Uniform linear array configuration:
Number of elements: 24
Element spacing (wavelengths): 0.25
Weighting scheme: uniform
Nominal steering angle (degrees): -15
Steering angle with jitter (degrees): -13.014
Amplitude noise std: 0.05
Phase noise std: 0.05

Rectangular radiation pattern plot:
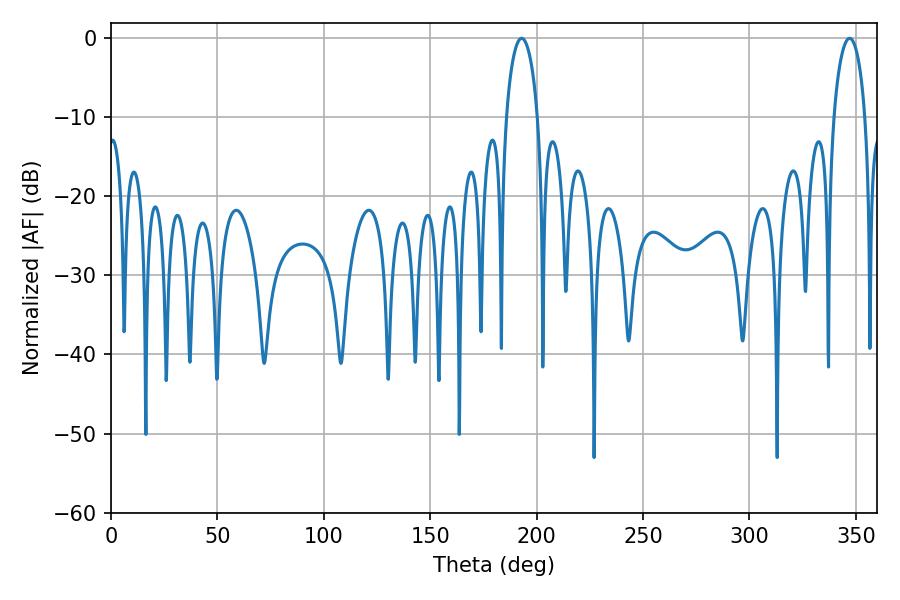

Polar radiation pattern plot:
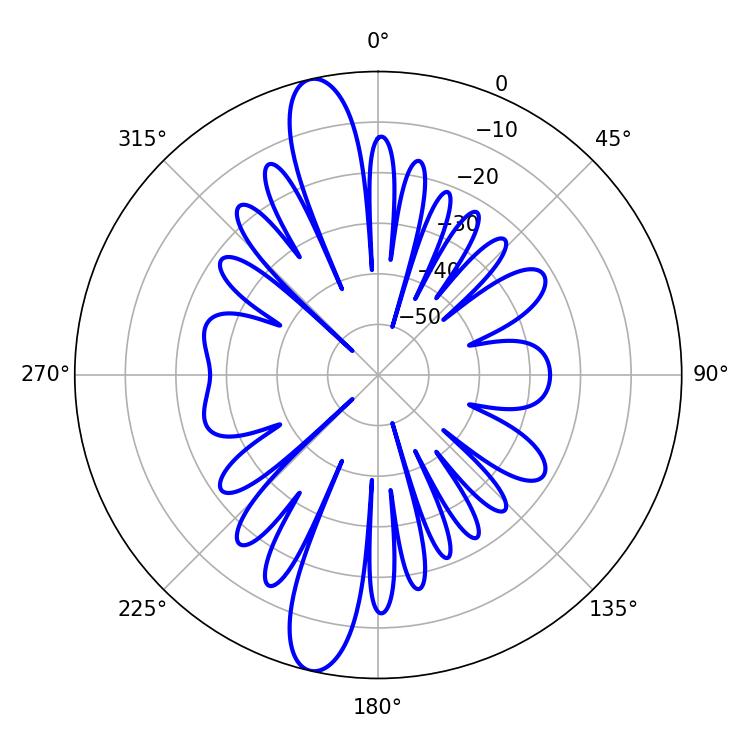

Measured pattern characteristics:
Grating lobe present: FALSE
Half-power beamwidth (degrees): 8.46
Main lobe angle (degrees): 192.96